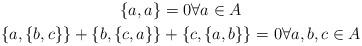
LaTeX: \begin{gather*}\{a,a\} = 0 \forall a \in A \\\{a,\{b,c\}\} + \{b,\{c,a\}\} + \{c,\{a,b\}\} = 0 \forall a,b,c \in A\end{gather*}